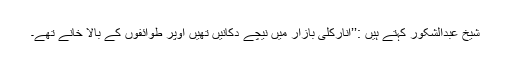
شیخ عبدالشکور کہتے ہیں :’’انارکلی بازار میں نیچے دکانیں تھیں اوپر طوائفوں کے بالا خانے تھے۔